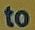
to